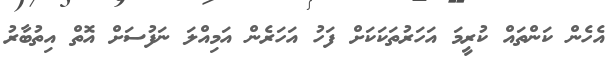
އެހެން ކަންތައް ކުރީމަ އަހަރުތަކަކަށް ފަހު އަހަރެން އަމިއްލަ ނަފުސަށް އޮތް އިތުބާރު